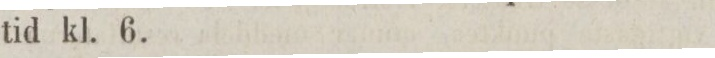
tid kl. 6.